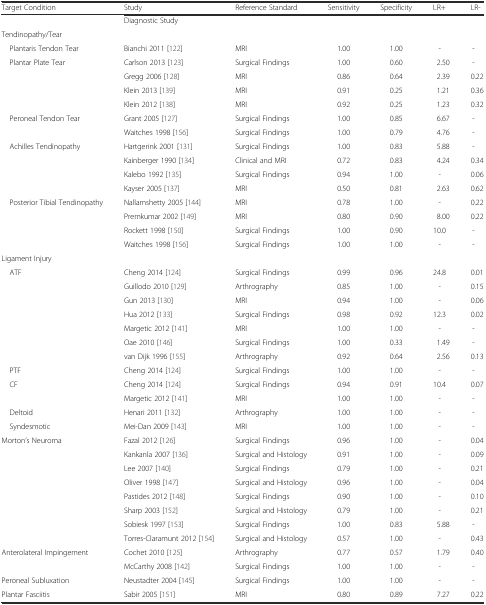
<table><thead><tr><td><b>Target Condition</b></td><td><b>Study</b></td><td><b>Reference Standard</b></td><td><b>Sensitivity</b></td><td><b>Specificity</b></td><td><b>LR+</b></td><td><b>LR-</b></td></tr></thead><tbody><tr><td></td><td>Diagnostic Study</td><td></td><td></td><td></td><td></td><td></td></tr><tr><td>Tendinopathy/Tear</td><td></td><td></td><td></td><td></td><td></td><td></td></tr><tr><td> Plantaris Tendon Tear</td><td>Bianchi 2011 [122]</td><td>MRI</td><td>1.00</td><td>1.00</td><td>-</td><td>-</td></tr><tr><td> Plantar Plate Tear</td><td>Carlson 2013 [123]</td><td>Surgical Findings</td><td>1.00</td><td>0.60</td><td>2.50</td><td>-</td></tr><tr><td></td><td>Gregg 2006 [128]</td><td>MRI</td><td>0.86</td><td>0.64</td><td>2.39</td><td>0.22</td></tr><tr><td></td><td>Klein 2013 [139]</td><td>MRI</td><td>0.91</td><td>0.25</td><td>1.21</td><td>0.36</td></tr><tr><td></td><td>Klein 2012 [138]</td><td>MRI</td><td>0.92</td><td>0.25</td><td>1.23</td><td>0.32</td></tr><tr><td> Peroneal Tendon Tear</td><td>Grant 2005 [127]</td><td>Surgical Findings</td><td>1.00</td><td>0.85</td><td>6.67</td><td>-</td></tr><tr><td></td><td>Waitches 1998 [156]</td><td>Surgical Findings</td><td>1.00</td><td>0.79</td><td>4.76</td><td>-</td></tr><tr><td> Achilles Tendinopathy</td><td>Hartgerink 2001 [131]</td><td>Surgical Findings</td><td>1.00</td><td>0.83</td><td>5.88</td><td>-</td></tr><tr><td></td><td>Kainberger 1990 [134]</td><td>Clinical and MRI</td><td>0.72</td><td>0.83</td><td>4.24</td><td>0.34</td></tr><tr><td></td><td>Kalebo 1992 [135]</td><td>Surgical Findings</td><td>0.94</td><td>1.00</td><td>-</td><td>0.06</td></tr><tr><td></td><td>Kayser 2005 [137]</td><td>MRI</td><td>0.50</td><td>0.81</td><td>2.63</td><td>0.62</td></tr><tr><td> Posterior Tibial Tendinopathy</td><td>Nallamshetty 2005 [144]</td><td>MRI</td><td>0.78</td><td>1.00</td><td>-</td><td>0.22</td></tr><tr><td></td><td>Premkumar 2002 [149]</td><td>MRI</td><td>0.80</td><td>0.90</td><td>8.00</td><td>0.22</td></tr><tr><td></td><td>Rockett 1998 [150]</td><td>Surgical Findings</td><td>1.00</td><td>0.90</td><td>10.0</td><td>-</td></tr><tr><td></td><td>Waitches 1998 [156]</td><td>Surgical Findings</td><td>1.00</td><td>1.00</td><td>-</td><td>-</td></tr><tr><td>Ligament Injury</td><td></td><td></td><td></td><td></td><td></td><td></td></tr><tr><td> ATF</td><td>Cheng 2014 [124]</td><td>Surgical Findings</td><td>0.99</td><td>0.96</td><td>24.8</td><td>0.01</td></tr><tr><td></td><td>Guillodo 2010 [129]</td><td>Arthrography</td><td>0.85</td><td>1.00</td><td>-</td><td>0.15</td></tr><tr><td></td><td>Gun 2013 [130]</td><td>MRI</td><td>0.94</td><td>1.00</td><td>-</td><td>0.06</td></tr><tr><td></td><td>Hua 2012 [133]</td><td>Surgical Findings</td><td>0.98</td><td>0.92</td><td>12.3</td><td>0.02</td></tr><tr><td></td><td>Margetic 2012 [141]</td><td>MRI</td><td>1.00</td><td>1.00</td><td>-</td><td>-</td></tr><tr><td></td><td>Oae 2010 [146]</td><td>Surgical Findings</td><td>1.00</td><td>0.33</td><td>1.49</td><td>-</td></tr><tr><td></td><td>van Dijk 1996 [155]</td><td>Arthrography</td><td>0.92</td><td>0.64</td><td>2.56</td><td>0.13</td></tr><tr><td> PTF</td><td>Cheng 2014 [124]</td><td>Surgical Findings</td><td>1.00</td><td>1.00</td><td>-</td><td>-</td></tr><tr><td> CF</td><td>Cheng 2014 [124]</td><td>Surgical Findings</td><td>0.94</td><td>0.91</td><td>10.4</td><td>0.07</td></tr><tr><td></td><td>Margetic 2012 [141]</td><td>MRI</td><td>1.00</td><td>1.00</td><td>-</td><td>-</td></tr><tr><td> Deltoid</td><td>Henari 2011 [132]</td><td>Arthrography</td><td>1.00</td><td>1.00</td><td>-</td><td>-</td></tr><tr><td> Syndesmotic</td><td>Mei-Dan 2009 [143]</td><td>MRI</td><td>1.00</td><td>1.00</td><td>-</td><td>-</td></tr><tr><td>Morton’s Neuroma</td><td>Fazal 2012 [126]</td><td>Surgical Findings</td><td>0.96</td><td>1.00</td><td>-</td><td>0.04</td></tr><tr><td></td><td>Kankanla 2007 [136]</td><td>Surgical and Histology</td><td>0.91</td><td>1.00</td><td>-</td><td>0.09</td></tr><tr><td></td><td>Lee 2007 [140]</td><td>Surgical Findings</td><td>0.79</td><td>1.00</td><td>-</td><td>0.21</td></tr><tr><td></td><td>Oliver 1998 [147]</td><td>Surgical and Histology</td><td>0.96</td><td>1.00</td><td>-</td><td>0.04</td></tr><tr><td></td><td>Pastides 2012 [148]</td><td>Surgical Findings</td><td>0.90</td><td>1.00</td><td>-</td><td>0.10</td></tr><tr><td></td><td>Sharp 2003 [152]</td><td>Surgical and Histology</td><td>0.79</td><td>1.00</td><td>-</td><td>0.21</td></tr><tr><td></td><td>Sobiesk 1997 [153]</td><td>Surgical Findings</td><td>1.00</td><td>0.83</td><td>5.88</td><td>-</td></tr><tr><td></td><td>Torres-Claramunt 2012 [154]</td><td>Surgical and Histology</td><td>0.57</td><td>1.00</td><td>-</td><td>0.43</td></tr><tr><td>Anterolateral Impingement</td><td>Cochet 2010 [125]</td><td>Arthrography</td><td>0.77</td><td>0.57</td><td>1.79</td><td>0.40</td></tr><tr><td></td><td>McCarthy 2008 [142]</td><td>Surgical Findings</td><td>1.00</td><td>1.00</td><td>-</td><td>-</td></tr><tr><td>Peroneal Subluxation</td><td>Neustadter 2004 [145]</td><td>Surgical Findings</td><td>1.00</td><td>1.00</td><td>-</td><td>-</td></tr><tr><td>Plantar Fasciitis</td><td>Sabir 2005 [151]</td><td>MRI</td><td>0.80</td><td>0.89</td><td>7.27</td><td>0.22</td></tr></tbody></table>